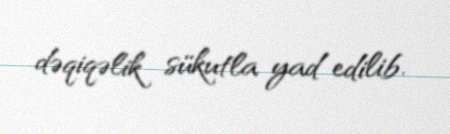
dəqiqəlik sükutla yad edilib.